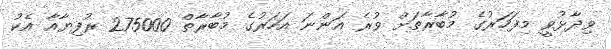
ވިދާޅުވީ މިފަހަރުގެ މުބާރާތަށް ވުރެ އަންނަ އަހަރުގެ މުބާރާތް 275000 ރުފިޔާއާ އެކު